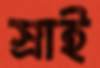
স্রাই